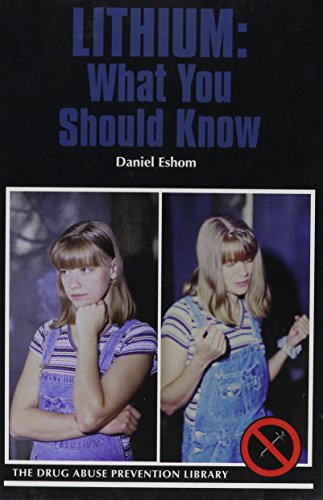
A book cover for Lithium: What You Should Know (Drug Abuse Prevention Library); Daniel B. Eshom; Teen & Young Adult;